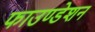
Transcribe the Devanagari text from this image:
फाउण्‍डेशन